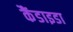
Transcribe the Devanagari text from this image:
कैंडाइडा